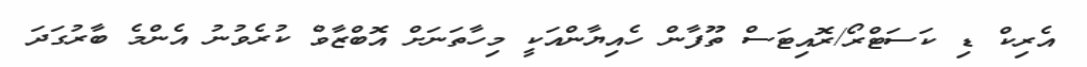
އެރިކް ޑި ކަސަޓްރޯ/ރޮއިޓަސް ތޫފާން ހެއިޔާންއަކީ މިހާތަނަށް އޮބްޒާވް ކުރެވުނު އެންމެ ބާރުގަދަ